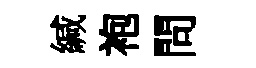
緘袍問